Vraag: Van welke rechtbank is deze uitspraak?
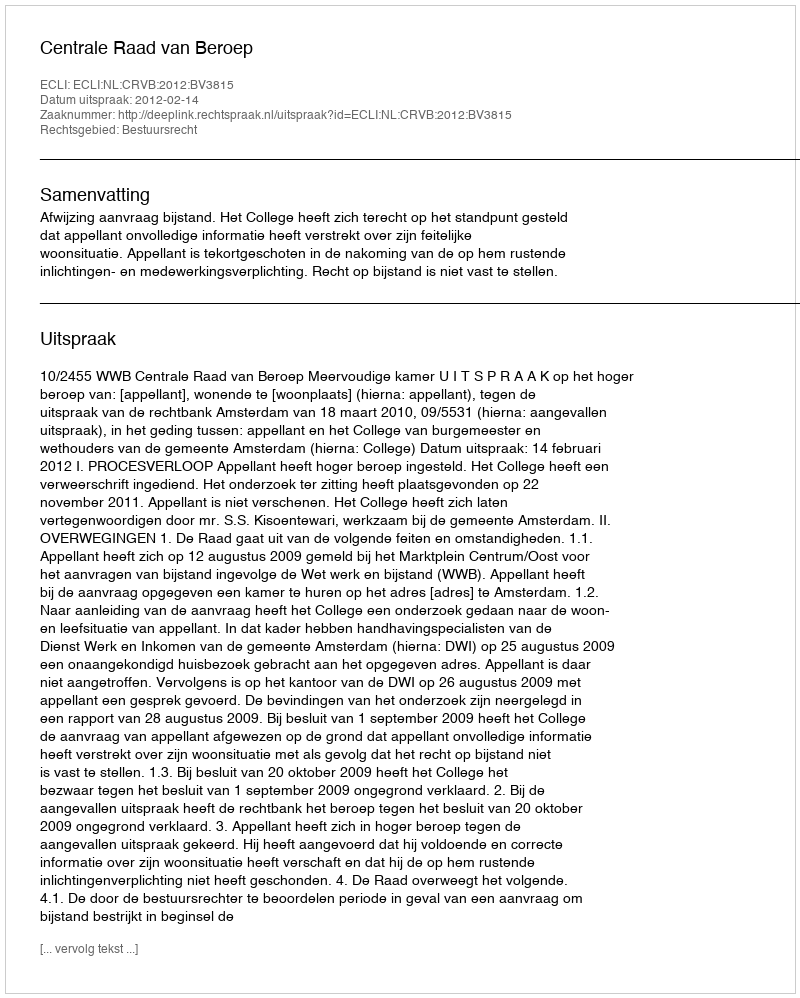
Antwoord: Centrale Raad van Beroep